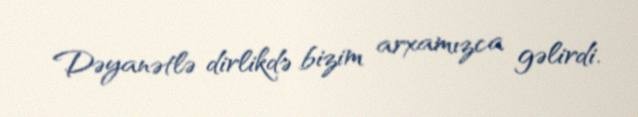
Dəyanətlə dirlikdə bizim arxamızca gəlirdi.